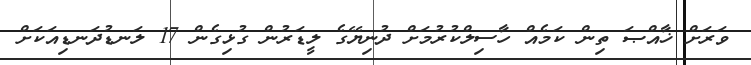
ވަރަށް ޚާއްޞަ ތިން ކަމެއް ހާސިލްކުރުމަށް ދުނިޔޭގެ ލީޑަރުން ގުޅިގެން 17 ލަނޑުދަނޑިއަކަށް